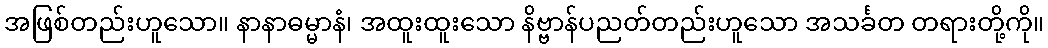
အဖြစ်တည်းဟူသော။ နာနာဓမ္မာနံ၊ အထူးထူးသော နိဗ္ဗာန်ပညတ်တည်းဟူသော အသင်္ခတ တရားတို့ကို။